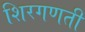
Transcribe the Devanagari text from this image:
शिरगणती